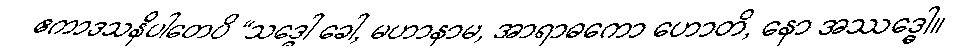
ဧကာဒသနိပါတေပိ “သဒ္ဓေါ ခေါ, မဟာနာမ, အာရာဓကော ဟောတိ, နော အဿဒ္ဓေါ။